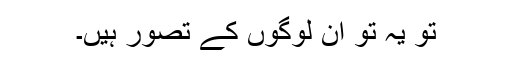
تو یہ تو ان لوگوں کے تصور ہیں۔